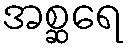
အစ္ဆရေ